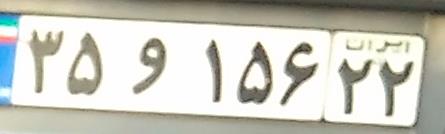
۳۵و۱۵۶۲۲